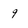
Character: 9